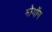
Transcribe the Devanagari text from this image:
मोगॉन